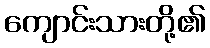
ကျောင်းသားတို့၏